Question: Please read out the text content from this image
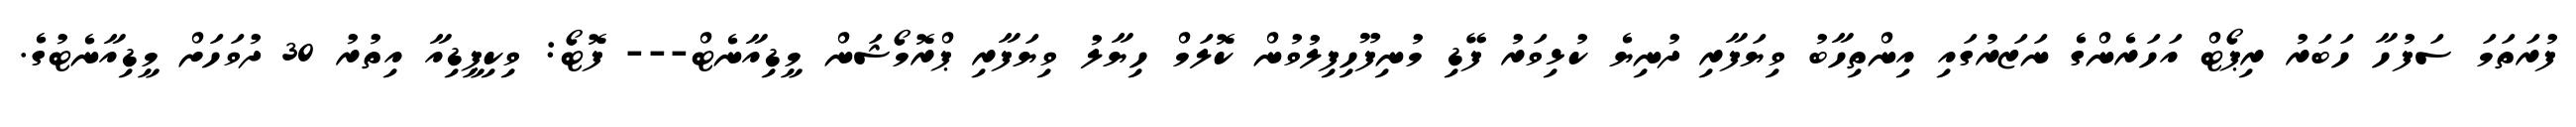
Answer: ފުރަތަމަ ސަފުހާ ހަބަރު ރިޕޯޓް އަހަރެންގެ ނަޒަރުގައި އިންތިހާބު ވިޔަފާރި ދުނިޔެ ކުޅިވަރު ފޭޑި މުނިފޫހިފިލުވުން ކޮލަމް ހިޔާލު ވިޔަފާރި ޕްރޮމޯޝަން މީޑިއާނެޓް--- ފޮޓޯ: ވިކިޕީޑިއާ އިތުރު 30 ދުވަހަށް މީޑިއާނެޓުގެ.